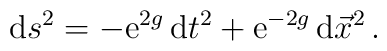
{\rm d}s^2 = - {\rm e}^{2g} \, {\rm d} t^2 + {\rm e}^{-2g}\, {\rm d} \vec{x}^2\,.